Vaccination in Burma 1889-1999 - 1889-1999
Year: 1889
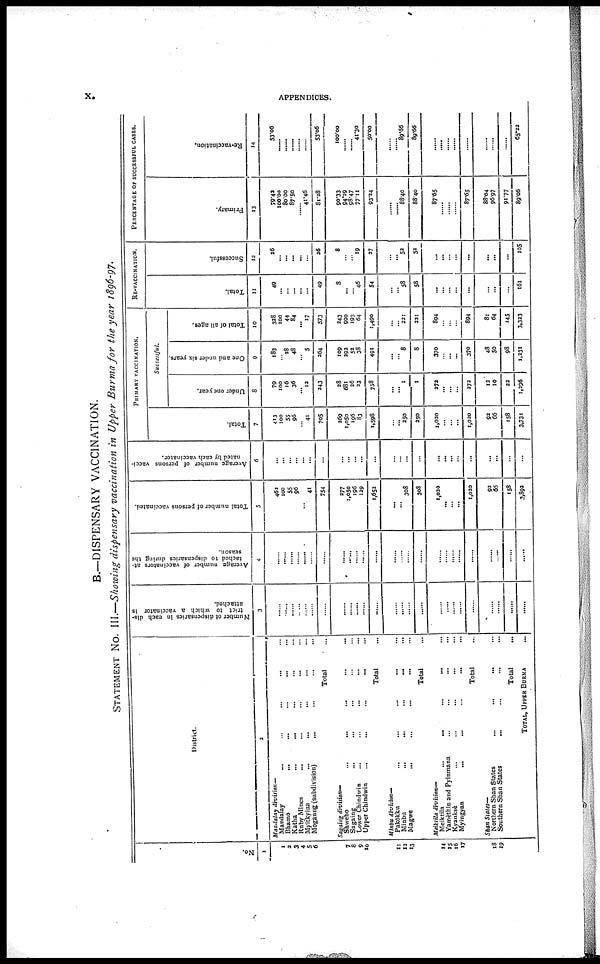
x.
APPENDICES.
B.—DISPENSARY VACCINATION.
STATEMENT No. III.—Showing dispensary vaccination in Upper Burma for the year 1896-97.
No.
1
1
2
3
4
5
6
7
8
9
10
11
12
13
14
15
16
17
18
19
District.
2
Mandalay division—
Mandalay
...
...
...
... ...
Bhamo ... ... ... ... ...
Katha ... ... ... ... ...
Ruby Mines ... ... ... ... ...
Myitkyina
...
... ... ... ...
Mogaung (subdivision)
...
Total ...
Sagaing division—
Shwebo
...
...
...
...
...
Sagaing ... ... ... ... ...
Lower Chindwin ... ... ... ... ...
Upper Chindwin
...
... ... ... ...
Total ...
Minbu division—
Pakôkku ... ... ... ... ...
Minbu ... ... ... ... ... ...
Magwe
...
...
...
... ...
Total ...
Meiktila division—
Meiktila ... ... ... ... ...
Yamèthin and Pyinmana
...
...
... ...
Kyauksè ... ... ... ... ...
Myingyan
...
... ... ... ...
Total ...
Shan States—
Northern Shan States
...
...
...
Southern Shan States
...
...
...
...
Total ...
TOTAL, UPPER BURMA
Number of dispensaries in each dis-
trict to which a vaccinator is
attached.
3
......
......
......
......
......
......
......
......
......
......
......
......
......
......
......
......
...... ......
......
......
......
......
......
......
......
Average number of vaccinators at-
tached to dispensaries during the
season.
4
......
......
......
......
......
......
......
...... ......
......
......
......
......
......
......
......
......
......
......
......
......
......
......
......
Total number of persons vaccinated.
5
462
100
55
96
... 41
754
277
1,050
196
129
1,652
...
... 308
308
1,020
...
...
...
1,020
92
66
158
3,892
Average number of persons vacci-
nated by each vaccinator.
6
...
...
...
...
...
...
...
...
...
...
...
...
...
...
...
...
...
...
...
...
...
...
...
...
...
PRIMARY VACCINATION.
73
7
413
100
55
96
... 41
705
269
1,050
196
83
1,598
...
... 250
250
1,020
...
... ...
1,020
92
66
158
3,731
Successful.
Under one year.
8
79
100
16
36
... 12
243
28
681
36
23
758
...
... 1
1
272
...
...
...
373
12
10
33
1,296
One and under six years.
9
183
... 28
48
...
5
264
109
292
52
38
491
...
... 8
8
370
...
...
...
370
48
50
98
1,231
Total of all ages.
10
328
100
44
84
... 17
573
243
990
193
64
1,490
...
... 221
221
894
...
...
894
81
64
145
3,323
RE-VACCINATION.
Total.
11
49
...
...
...
...
...
49
8
...
... 46
54
...
...
58
58
... ...
... ...
...
...
...
...
161
Successful
12
26
...
...
...
...
...
36
8
...
... 19
27
...
... 52
52
...
...
... ...
...
...
...
...
105
PERCENTAGE OF SUCCESSFUL CASES.
Primary.
13
79.42
100.00
80.00
87.50
...
41.46
81.28
90.33
94.29
98.47
77.11
93.24
...
...
88.40
88.40
87.65
......
......
......
87.65
88.04
96.97
91.77
89.06
Re-vaccination.
14
53.06
......
......
......
......
......
53.06
100.00
......
......
41.30
50.00
...
...
89.66
89.66
...... ......
......
......
......
......
......
......
65.22